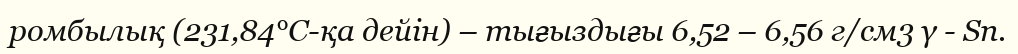
ромбылық (231,84°С-қа дейін) – тығыздығы 6,52 – 6,56 г/см3 γ - Sn.